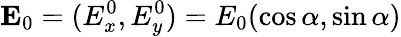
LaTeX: {\mathbf E}_{0}=({E}_{x}^{0},{E}_{y}^{0})=E_{0}(\cos\alpha,\sin\alpha)